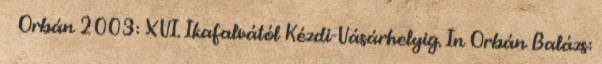
↑ Orbán 2003: XVI. Ikafalvától Kézdi-Vásárhelyig. In Orbán Balázs: